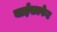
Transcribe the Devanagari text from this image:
बाईसल्फेट